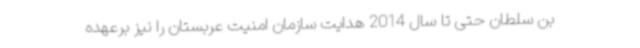
بن سلطان حتی تا سال 2014 هدایت سازمان امنیت عربستان را نیز برعهده